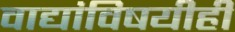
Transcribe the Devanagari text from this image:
वाद्यांविषयीही